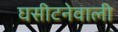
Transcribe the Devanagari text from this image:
घसीटनेवाली